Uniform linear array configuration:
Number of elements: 16
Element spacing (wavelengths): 1
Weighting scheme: hann
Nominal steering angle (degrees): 30
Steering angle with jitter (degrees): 28.696
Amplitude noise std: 0.05
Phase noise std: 0.05

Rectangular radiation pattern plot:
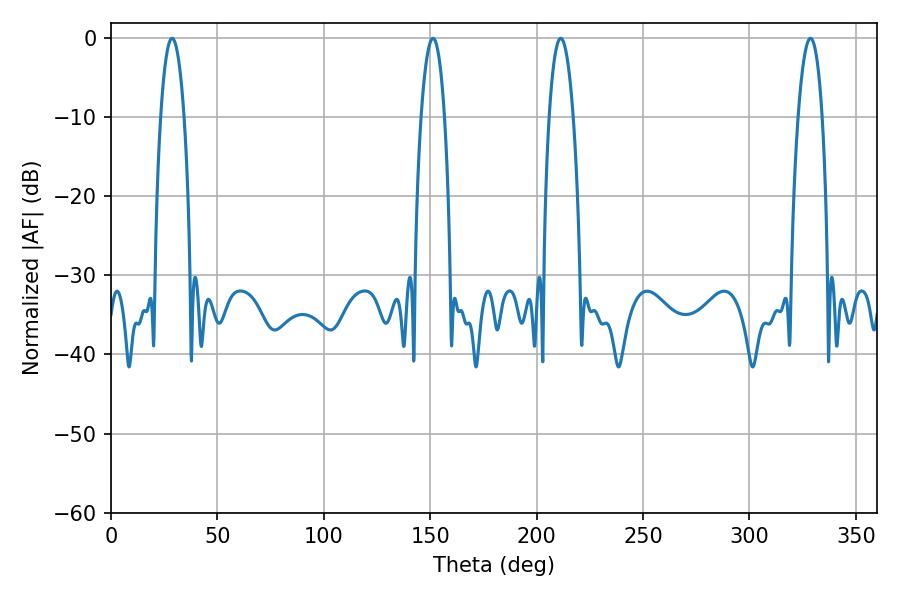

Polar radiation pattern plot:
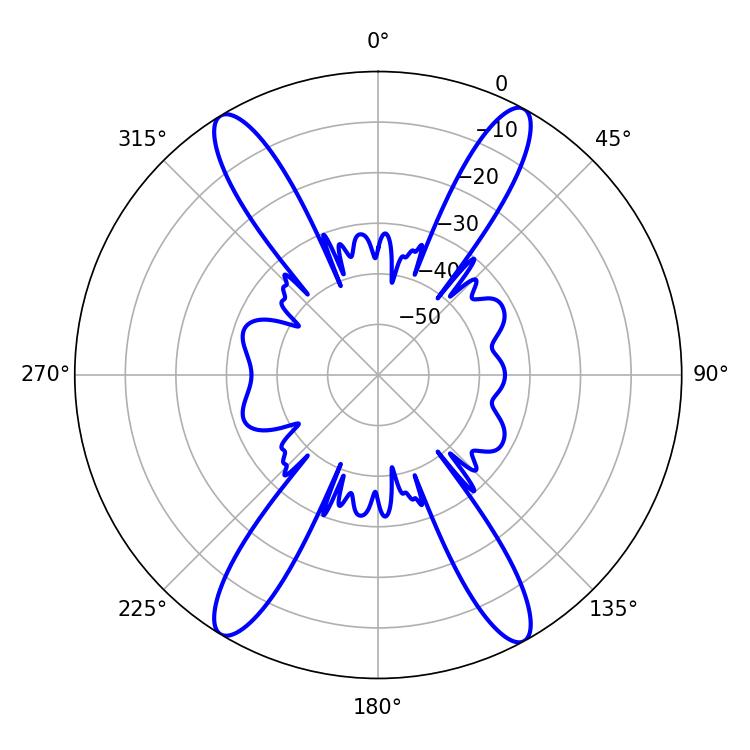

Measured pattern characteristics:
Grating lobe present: TRUE
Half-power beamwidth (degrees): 6.3
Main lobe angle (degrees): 211.32